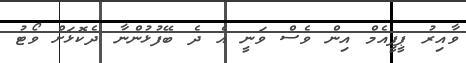
ވާއިރު ޕީޕީއެމް އިން ވެސް ވަނީ އެ ދެ ބޭފުޅުންނާ ދެކޮޅަށް ވޯޓު